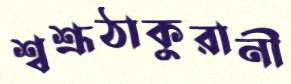
শ্বশ্রূঠাকুরানী